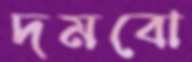
দমবো